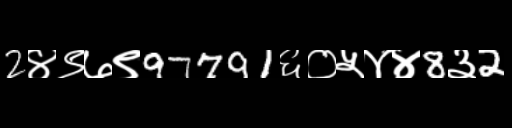
Text: 2४९७९97791६०५४४8३2